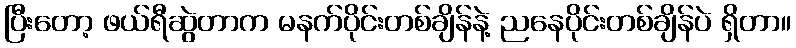
ပြီးတော့ ဖယ်ရီဆွဲတာက မနက်ပိုင်းတစ်ချိန်နဲ့ ညနေပိုင်းတစ်ချိန်ပဲ ရှိတာ။